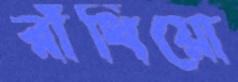
রাঁধিয়ো